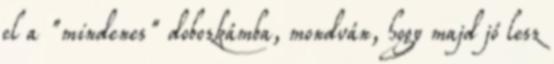
el a "mindenes" dobozkámba, mondván, hogy majd jó lesz